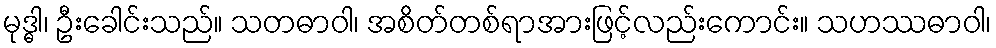
မုဒ္ဓါ၊ ဦးခေါင်းသည်။ သတဓာဝါ၊ အစိတ်တစ်ရာအားဖြင့်လည်းကောင်း။ သဟဿဓာဝါ၊